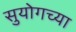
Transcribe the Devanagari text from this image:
सुयोगच्या